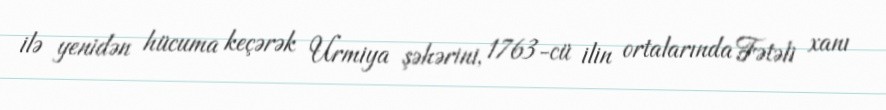
ilə yenidən hücuma keçərək Urmiya şəhərini, 1763-cü ilin ortalarında Fətəli xanı